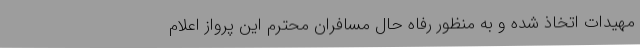
مهیدات اتخاذ شده و به منظور رفاه حال مسافران محترم این پرواز اعلام